Calcutta medical institutions reports 1871-78
Year: 1871
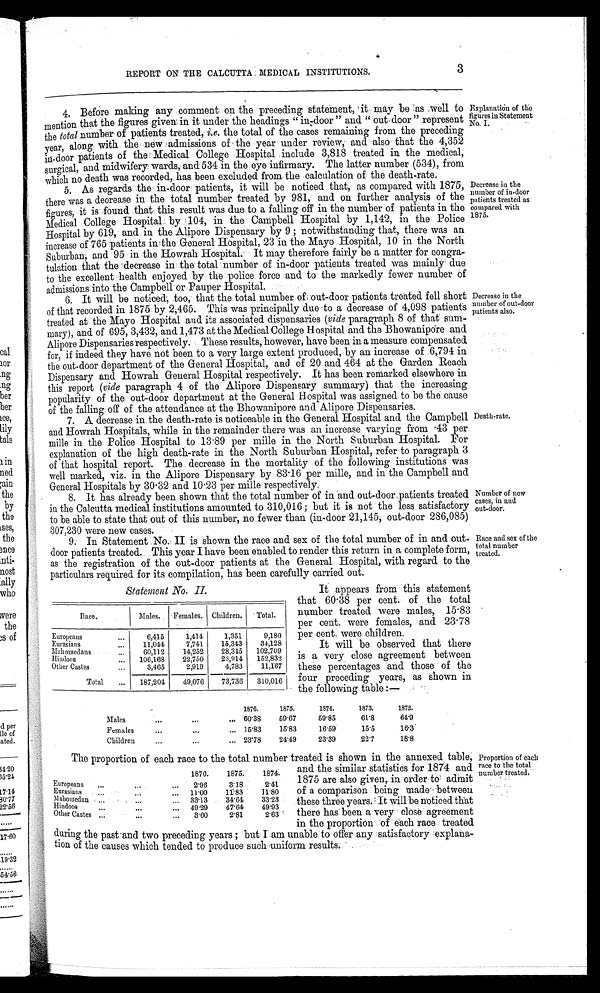
and the similar statistics for 1874 and
1875 are also given, in order to admit
of a comparison being made between
these three years. It will be noticed that
there has been a very close agreement
in the proportion of each race treated
during the past -and two preceding years; but I am unable to offer any satisfactory explana-
tion of the causes which tended to produce such uniform results.
1876. 1875. 1874.
Europeans
2.96 3. 18 2 . 4 1
Eurasians
11. 00 11. 83
1 1 . 8 0
Ma h o me d a n
Hi ndoos O t h e r C a s t e s
33.13 49. 29
3. 00
34. 64
47. 64
2. 81
3 3 . 2 3
4 9 . 9 3
2 . 6 3
REPORT ON THE CALCUTTA MEDICAL INSTITUTIONS.
3
4. Before making any comment on the preceding statement, it may be as well to
mention that the figures given in it under the headings "in-door" and "out- door" represent
the total number of patients treated, i.e. the total of the cases remaining from the preceding
year, along with the new admissions of the year under review; and also that the 4,352
in-door patients of the Medical College Hospital include 3,818 treated in the medical,
surgical, and midwifery wards, and 534 in the eye infirmary. The latter number (534), from
which no death was recorded,. has been excluded from the calculation of the death-rate.
Explanation of the
figures in Statement No. I.
5. As regards the in-door patients, it will be noticed that, as compared with 1875,
there was a decrease in the total number treated by 981, and on further analysis of the
figures, it is found that this result was due to a falling off in the number of patients in the
Medical College Hospital. by 104, in the Campbell Hospital by 1,142, in the Police
Hospital by 619, and in the Alipore Dispensary by 9; notwithstanding that, there was an
increase of 765 patients in the General Hospital, 23 in the Mayo Hospital, 10 in the North
Suburban, and 95 in the Howrah Hospital. It may therefore fairly be a matter for congra-
tulation that the decrease in the total number of in-door patients treated was mainly due
to the excellent health enjoyed by the police force and to the markedly fewer number of
admissions into the Campbell or Pauper Hospital.
Decrease in the number of in-door patients treated as compared with 1875.
6. It will be noticed, too, that the total number of out-door patients treated fell short
of that recorded in 1875 by 2,465. This was principally due to a decrease of 4,098 patients
treated at the Mayo Hospital and its associated dispensaries ( vide paragraph 8 of that sum-
mary), and of 695, 3,432, and 1,473 at the Medical College Hospital and the Bhowanipore and
Alipore Dispensaries respectively. These results, however, have been in a measure compensated
for, if indeed they have not been to a very large extent produced, by an increase of 6,794 in
the out-door department of the General Hospital, and of 20 and 464 at the Garden Reach
Dispensary and Howrah General Hospital respectively. It has been remarked elsewhere in
this report (vide paragraph 4 of the Alipore Dispensary summary) that the increasing
popularity of the out-door department at the General Hospital was assigned to be the cause
of the falling off of the attendance at the Bhowanipore and Alipore Dispensaries.
Decrease in the
number of out-door patients
also.
7. A decrease in the death-rate is noticeable in the General Hospital and the Campbell
and Howrah Hospitals, while in the remainder there was an increase varying from .43 per
mille in the Police Hospital to 13.89 per mille in the North Suburban Hospital. For
explanation of the high death-rate in the North Suburban Hospital, refer to paragraph 3
of that hospital report. The decrease in the mortality of the following institutions was
well marked, viz. in the Alipore Dispensary by 83.16 per mille, and in the Campbell and
General Hospitals by 30.32 and 10.23 per mille respectively.
Death-rate.
8. It has already been shown that the total number of in and out-door patients treated
in the Calcutta medical institutions amounted to 310,016; but it is not the less satisfactory
to be able to state that out of this number, no fewer than (in-door 21,145, out-door 286,085)
307,230 were new cases.
Number of new
cases, in and
out-door
.
9. In Statement No. II is shown the race and sex of the total number of in and out-
door patients treated. This year have been enabled to render this return in a complete form,
as the registration of the out-door patients at the General Hospital, with regard to the
particulars required for its compilation, has been carefully carried out.
Race and sex of the total number treated.
Statement No. II.
Race.
Males. Females. Children. Total.
Europeans
6 , 4 1 5 1, 414 1, 351 9, 180
Eurasians
11,044 7, 741 15,343 34, 128
Mahomedans 60, 112 14, 252 28,345 102, 709
H i n d o o s 106, 168 22, 750 23, 914 152, 832
O t h e r C a s t e s
Total
3, 465 2, 919 4, 783 11, 167
187,204 49, 076 73,736 310,016
It appears from this statement
that 60.38 per cent. of the total
number treated were males, 15.83
per cent. were females, and 23.78
per cent. were children.
It will be observed that there
is a very close agreement between
these percentages and those of the
four preceding years, as shown in
the following table:—
Males
1876.
60. 38
1 8 7 5 . 5 9 . 6 7
1874.
59. 85
1873.
6 1 . 8
1872.
649
Females
15. 83 15. 83
1 6 . 5 9
1 5 . 5
1 6 . 3
Children
23. 78 24. 49
23. 39
2 2 . 7
1 8 . 8
The proportion of each race to the total number treated is shown in the annexed table, Proportion of each
race to the total
number treated.